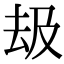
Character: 𠫳